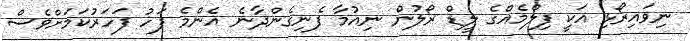
ނިވައިރޯޅި އަކީ ފިލްމެއްގެ ލީޑް ރޯލުން ނިއުމާ ފެނިގެންދާނެ އެންމެ ފަހު ފަހަރުކަމަށްވެސް